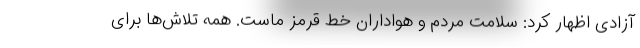
آزادی اظهار کرد: سلامت مردم و هواداران خط قرمز ماست. همه تلاش‌ها برای